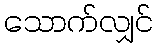
သောက်လျှင်